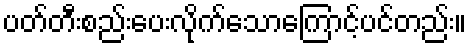
ပတ်တီးစည်းပေးလိုက်သောကြောင့်ပင်တည်း။